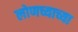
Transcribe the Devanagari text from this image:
लोणच्याच्या